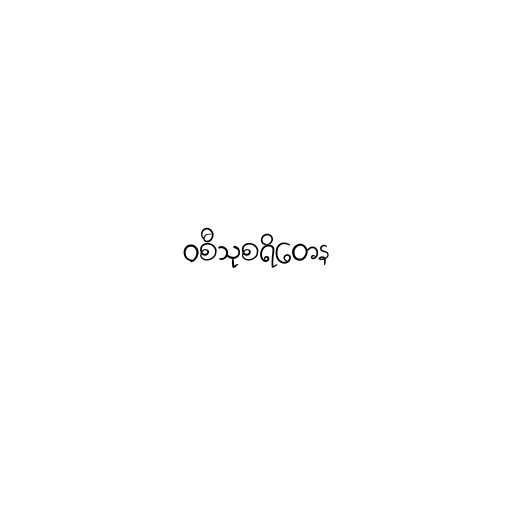
ဝစီသုစရိတေန